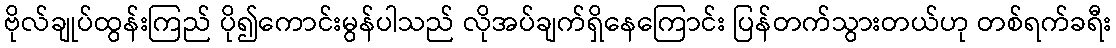
ဗိုလ်ချုပ်ထွန်းကြည် ပို၍ကောင်းမွန်ပါသည် လိုအပ်ချက်ရှိနေကြောင်း ပြန်တက်သွားတယ်ဟု တစ်ရက်ခရီး